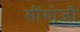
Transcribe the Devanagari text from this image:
सींगोजी